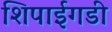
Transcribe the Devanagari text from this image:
शिपाईगडी